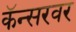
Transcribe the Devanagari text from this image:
कॅन्सरवर